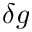
\delta g